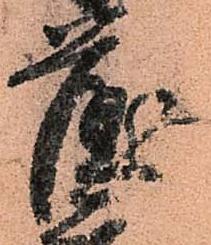
薩